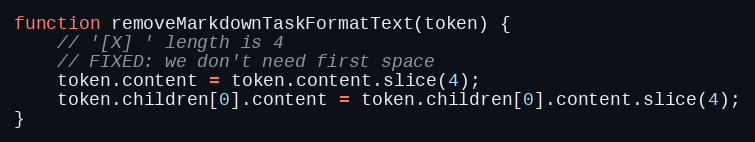
Language: JavaScript
function removeMarkdownTaskFormatText(token) {
    // '[X] ' length is 4
    // FIXED: we don't need first space
    token.content = token.content.slice(4);
    token.children[0].content = token.children[0].content.slice(4);
}